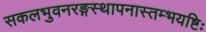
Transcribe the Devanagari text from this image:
सकलभुवनरङ्गस्थापनास्तम्भयष्टिः